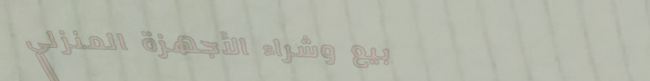
بيع وشراء الأجهزة المنزلي